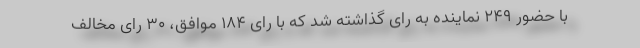
با حضور ۲۴۹ نماینده به رای گذاشته شد که با رای ۱۸۴ موافق، ۳۰ رای مخالف